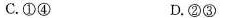
C.①④ D.②③